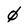
Character: 0